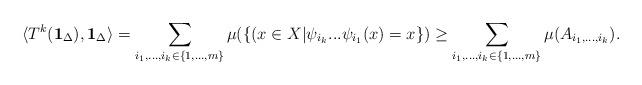
LaTeX: \begin{align*} \langle T^k({\bf 1}_{\Delta}),{\bf 1}_{\Delta}\rangle=\sum_{i_1,...,i_k\in\{1,...,m\}}\mu(\{(x\in X|\psi_{i_k}...\psi_{i_1}(x)=x\})\geq\sum_{i_1,...,i_k\in\{1,...,m\}}\mu(A_{i_1,...,i_k}).\end{align*}